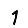
Digit: 1